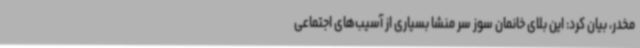
مخدر، بیان کرد: این بلای خانمان سوز سر منشا بسیاری از آسیب‌های اجتماعی